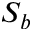
S _ { b }